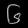
Digit: ၆